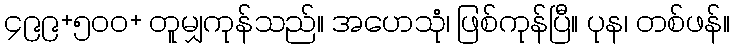
၄၉၉+၅၀၀+ တူမျှကုန်သည်။ အဟေသုံ၊ ဖြစ်ကုန်ပြီ။ ပုန၊ တစ်ဖန်။